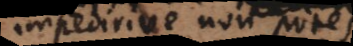
impedirive non potest,